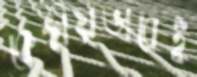
কেন্দ্রীয়ভাবেই